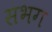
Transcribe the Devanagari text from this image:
सभग